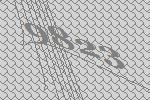
9823